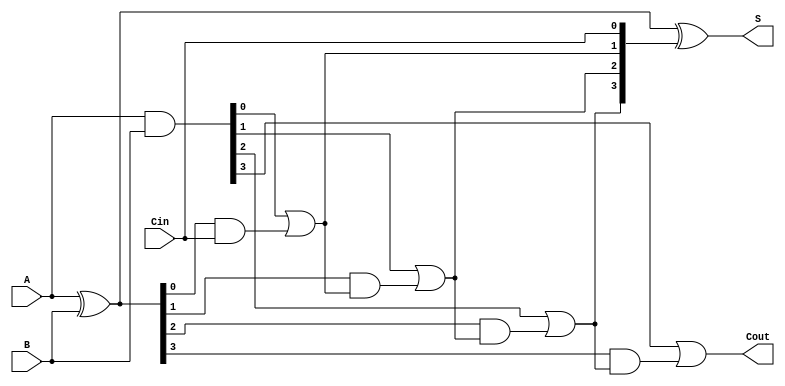
module CLA_4bit (
    input [3:0] A,       // 4-bit input A
    input [3:0] B,       // 4-bit input B
    input Cin,           // Carry-in
    output [3:0] S,      // 4-bit sum output
    output Cout          // Carry-out
);

// Generate and propagate signals for each bit
wire [3:0] G; // Generate signals
wire [3:0] P; // Propagate signals
wire [4:0] C; // Carry signals (C[0] = Cin)

// Generate and Propagate calculations
assign G = A & B;         // Generate: G[i] = A[i] AND B[i]
assign P = A ^ B;         // Propagate: P[i] = A[i] XOR B[i]

// Carry signal calculations
assign C[0] = Cin;        // Carry-in
assign C[1] = G[0] | (P[0] & C[0]); // C1
assign C[2] = G[1] | (P[1] & C[1]); // C2
assign C[3] = G[2] | (P[2] & C[2]); // C3
assign C[4] = G[3] | (P[3] & C[3]); // C4 (Cout)

// Sum calculation
assign S = P ^ C[3:0];  // Sum: S[i] = P[i] XOR C[i]

// Carry-out signal
assign Cout = C[4];     // Final carry-out

endmodule